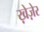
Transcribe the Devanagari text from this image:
ख़ेज़ेर